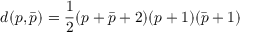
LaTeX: d ( p , \bar { p } ) = { \frac { 1 } { 2 } } ( p + \bar { p } + 2 ) ( p + 1 ) ( \bar { p } + 1 )